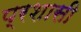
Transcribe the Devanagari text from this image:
प्रशासी